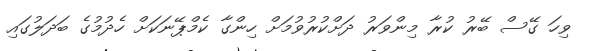
ވިހަ ގޭސް ބޭރު ކުރާ މިންވަރު ދަށްކުރުވުމަށް ހިންގާ ކެމްޕޭނަކަށް ހެދުމުގެ ބަދަލުގައި